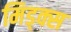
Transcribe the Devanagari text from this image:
मिड्क्स